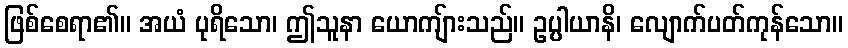
ဖြစ်စေရာ၏။ အယံ ပုရိသော၊ ဤသူနာ ယောကျ်ားသည်။ ဥပ္ပါယာနိ၊ လျောက်ပတ်ကုန်သော။